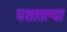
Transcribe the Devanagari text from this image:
घशातल्या